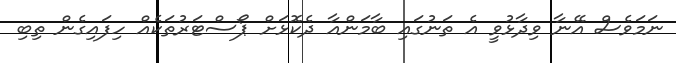
ނަމަވެސް އޭނާ ވިދާޅުވީ އެ ތަނުގައި ބާމަންއާ ދެކޮޅަށް ޕޯސްޓަރުތަކެއް ހިފައިގެން ތިބި